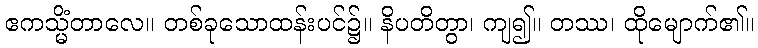
ဧကသ္မိံတာလေ။ တစ်ခုသောထန်းပင်၌။ နိပတိတွာ၊ ကျ၍။ တဿ၊ ထိုမျောက်၏။